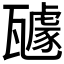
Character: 𭺥